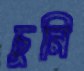
চুনি